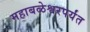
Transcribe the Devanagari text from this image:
महाबळेश्वरपर्यंत